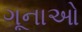
ગૂનાઓ